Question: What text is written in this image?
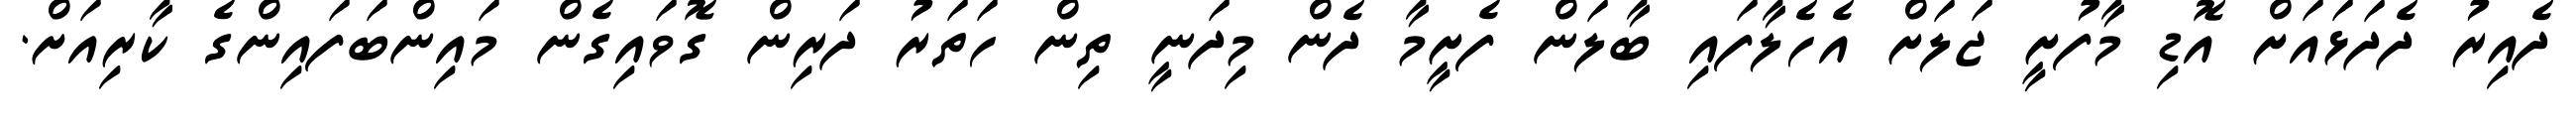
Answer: ދެއިރު ދެދަޅައަށް އޮޑި މާފުށީ ޖަލަށް އެހެލާފައި ބާލަން ފެށީމާ ދެން މިދަނީ ތިން ހަތަރު ދަރިން ގޮވައިގެން މައިންބަފައިންގެ ކާރިއަށް.